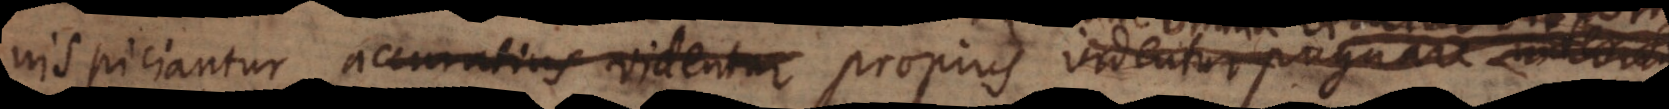
nspiciantur accuratius videntur propius videntur pugnare